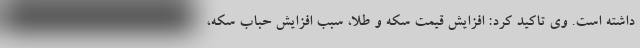
داشته است. وی تاکید کرد: افزایش قیمت سکه و طلا، سبب افزایش حباب سکه،